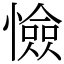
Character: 憸